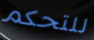
للتحكم